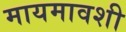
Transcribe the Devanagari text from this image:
मायमावशी